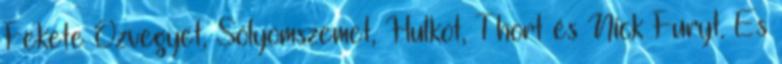
Fekete Özvegyet, Sólyomszemet, Hulkot, Thort és Nick Furyt. És